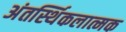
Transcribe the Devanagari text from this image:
अंतर्स्थिकलात्मक